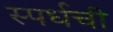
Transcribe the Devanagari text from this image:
स्पर्धची